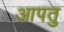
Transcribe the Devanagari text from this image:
आपतु